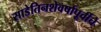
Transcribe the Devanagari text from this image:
साडेतिनशेवर्षापूर्वीचे